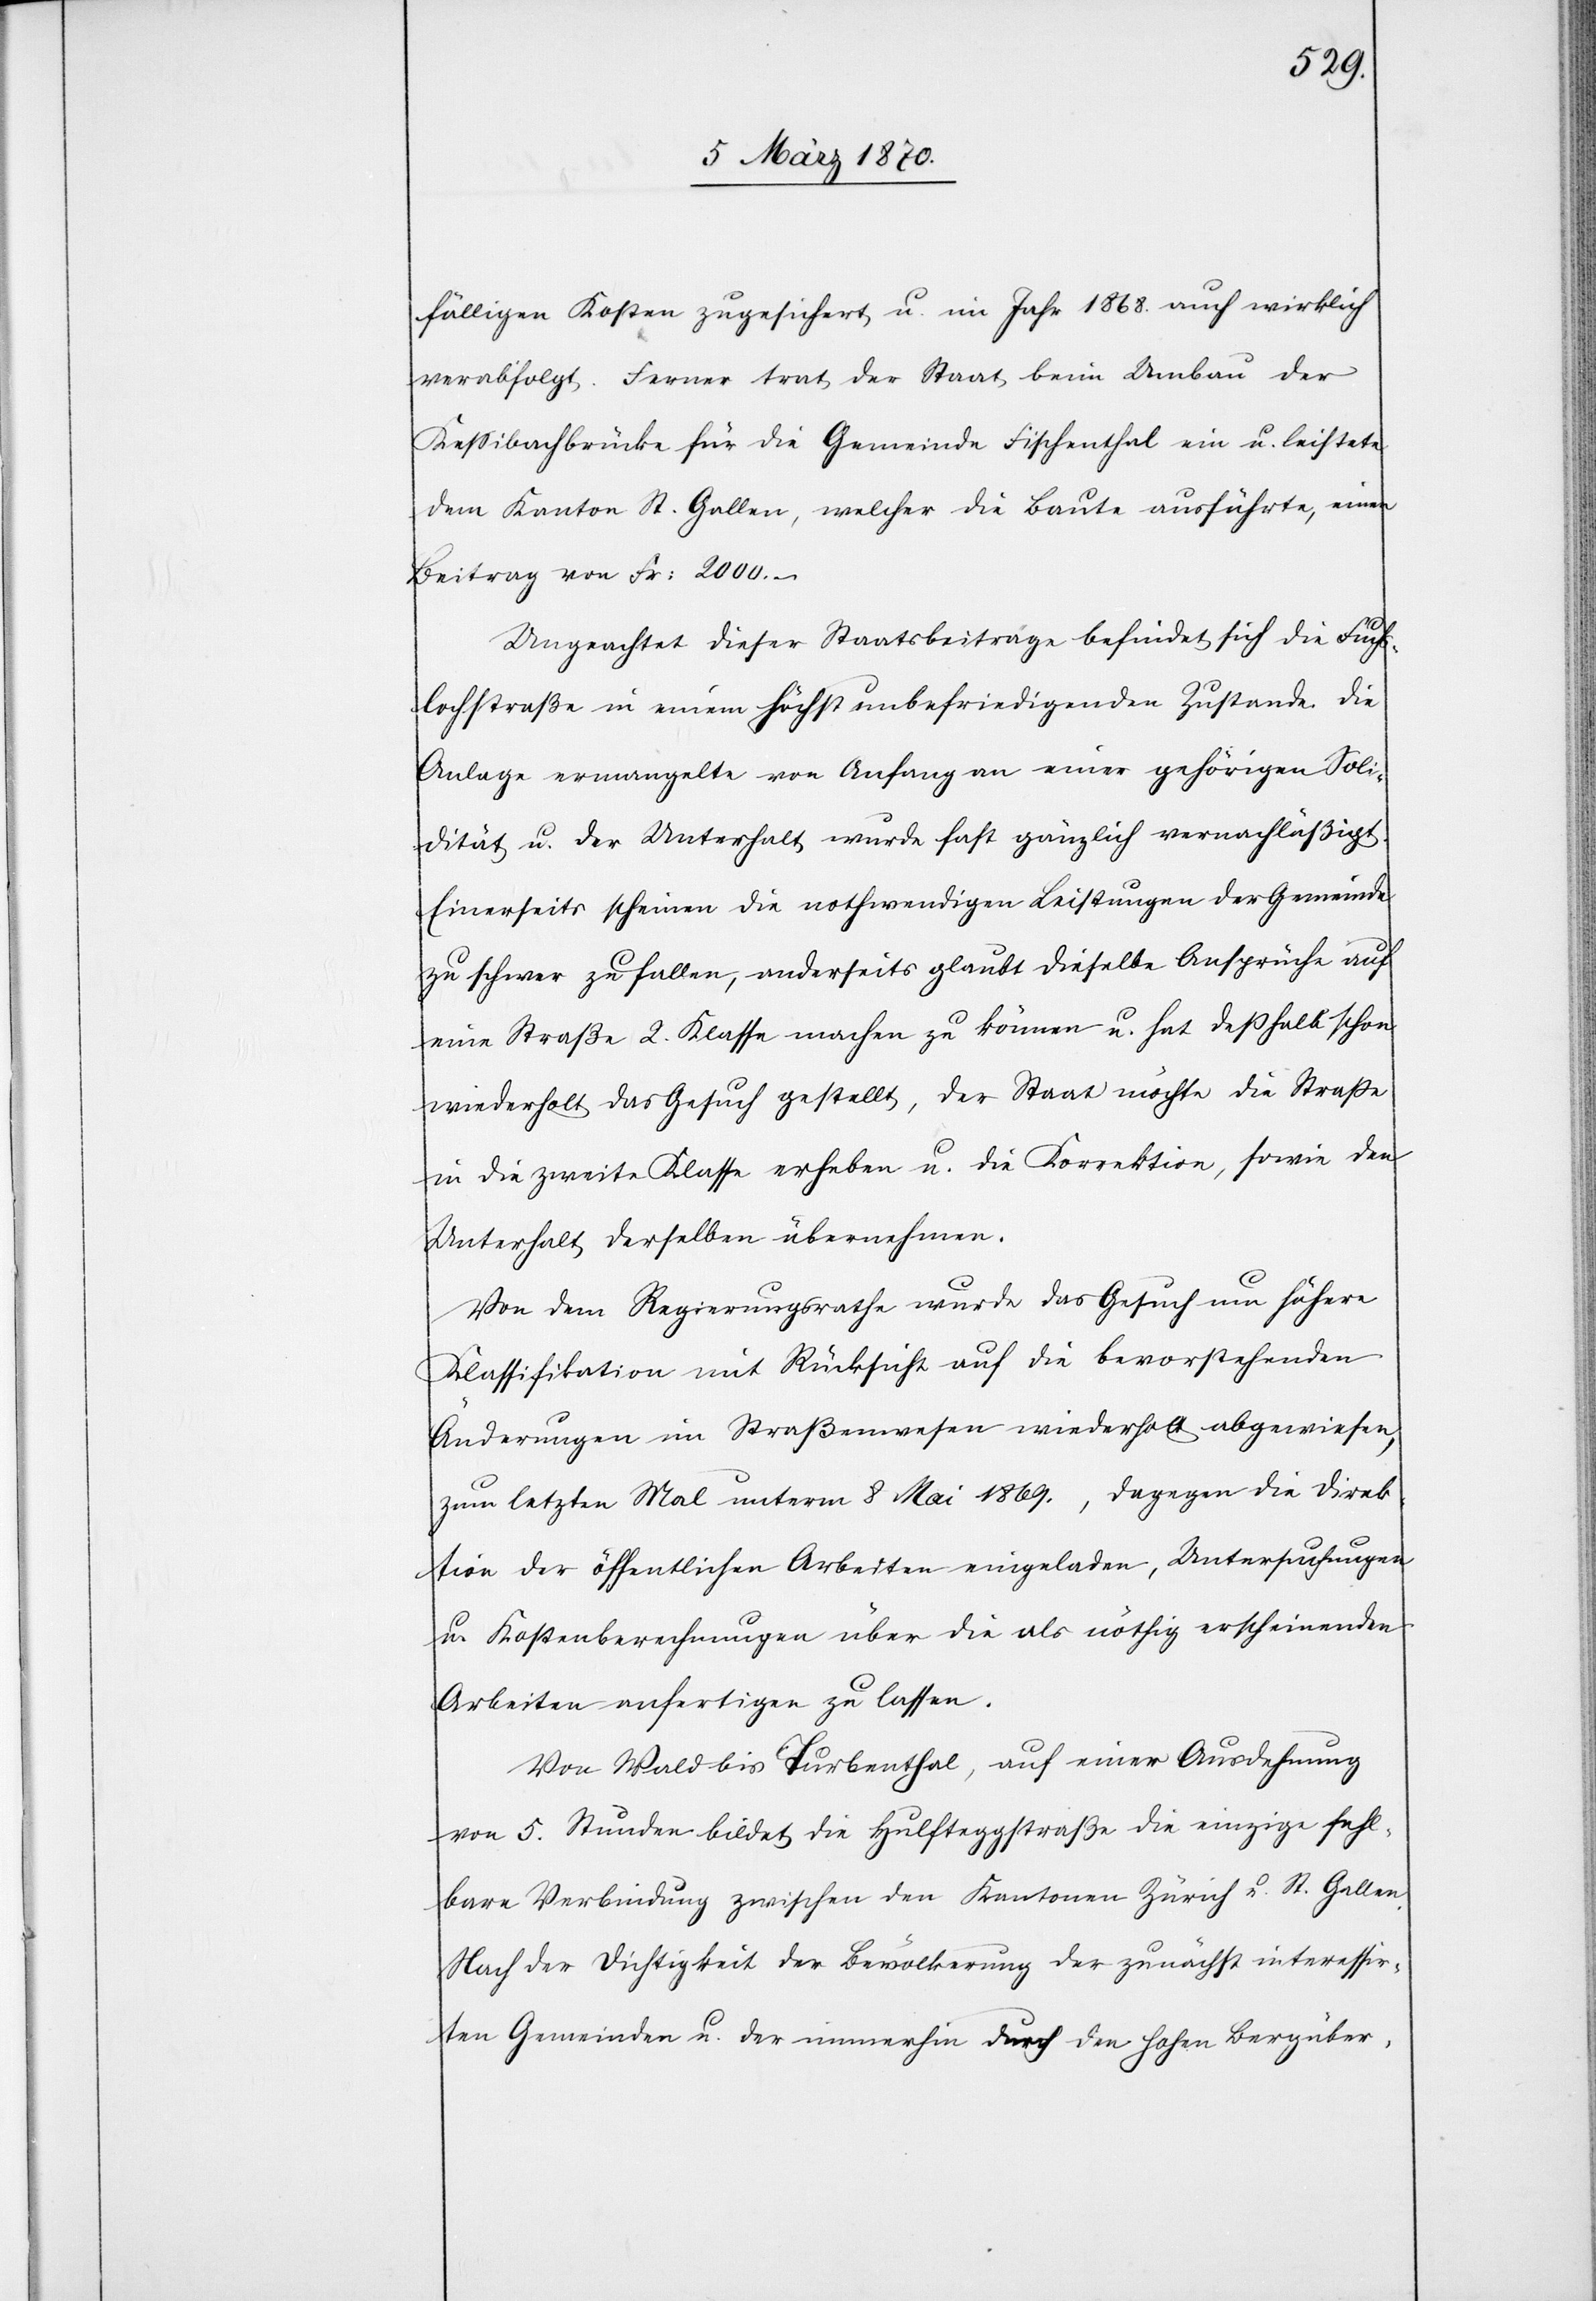
fälligen Kosten zugesichert, u. im Jahr 1868. auch wirklich
verabfolgt. Ferner trat der Staat beim Umbau der
Kessibachbrücke für die Gemeinde Fischenthal ein u. leistete
dem Kanton St. Gallen, welcher die Baute ausführte, einen
Beitrag von Fr: 2000. –
Ungeachtet dieser Staatsbeiträge befindet sich die Fuchs¬
lochstraße in einem höchst unbefriedigenden Zustande. Die
Anlage ermangelte von Anfang an einer gehörigen Soli¬
dität u. der Unterhalt wurde fast gänzlich vernachläßigt.
Einerseits scheinen die nothwendigen Leistungen der Gemeinde
zu schwer zu fallen, anderseits glaubt dieselbe Ansprüche auf
eine Straße 2. Klasse machen zu können u. hat deßhalb schon
wiederholt das Gesuch gestellt, der Staat möchte die Straße
in die zweite Klasse erheben u. die Korrektion, sowie den
Unterhalt derselben übernehmen.
Von dem Regierungsrathe wurde das Gesuch um höhere
Klassifikation mit Rücksicht auf die bevorstehenden
Änderungen im Straßenwesen wiederholt abgewiesen,
zum letzten Mal unterm 8 Mai 1869., dagegen die Direk¬
tion der öffentlichen Arbeiten eingeladen, Untersuchungen
u. Kostenberechnungen über die als nöthig erscheinenden
Arbeiten anfertigen zu lassen.
Von Wald bis Turbenthal, auf einer Ausdehnung
von 5. Stunden bildet die Hulfteggstraße die einzige fehlbare
Verbindung zwischen den Kantonen Zürich u. St. Gallen.
Nach der Dichtigkeit der Bevölkerung der zunächst interessir¬
ten Gemeinden u. der immerhin durch den hohen Bergüber-